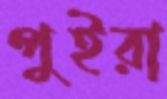
পুইরা